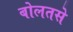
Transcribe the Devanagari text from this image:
बोलतसे